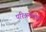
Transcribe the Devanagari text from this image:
परिश्रमशील